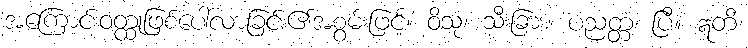
အကြောင်းဝတ္ထုဖြစ်ပေါ်လာခြင်း၏အစွမ်းဖြင့်။ ဝိသုံ၊ သီးခြား။ ပညတ္တံ၊ ပြီ။ ဣတိ၊